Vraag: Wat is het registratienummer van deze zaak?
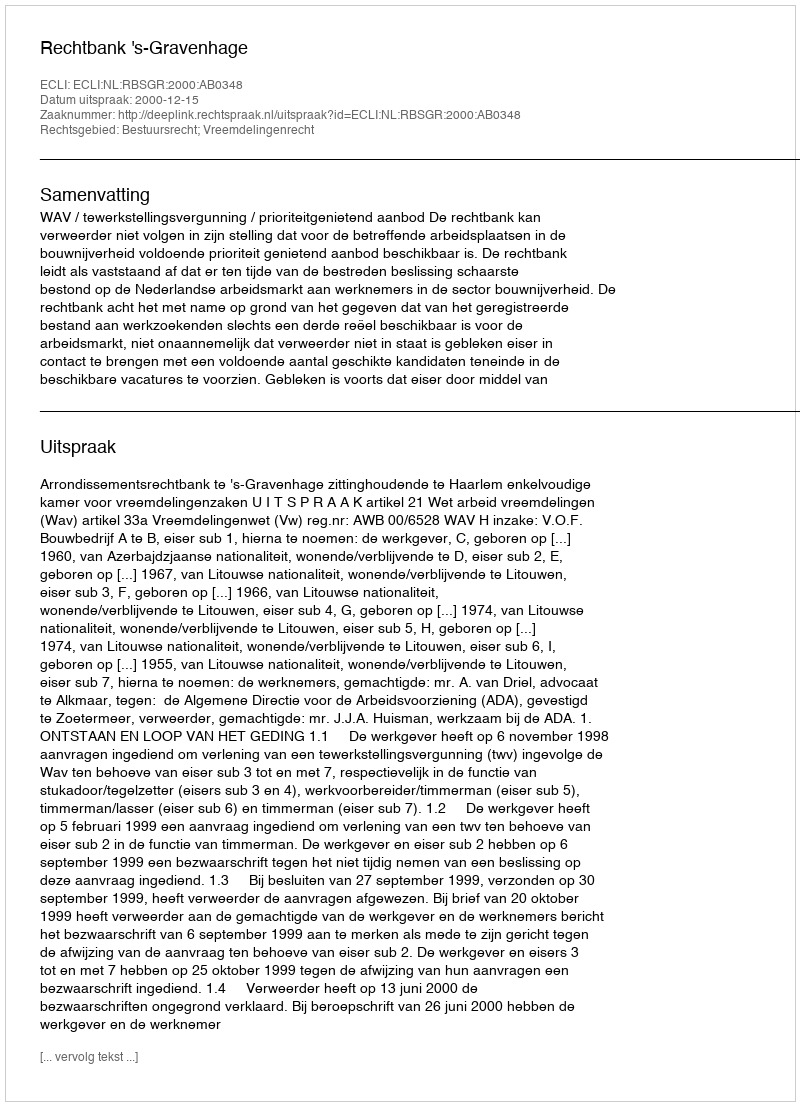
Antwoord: http://deeplink.rechtspraak.nl/uitspraak?id=ECLI:NL:RBSGR:2000:AB0348